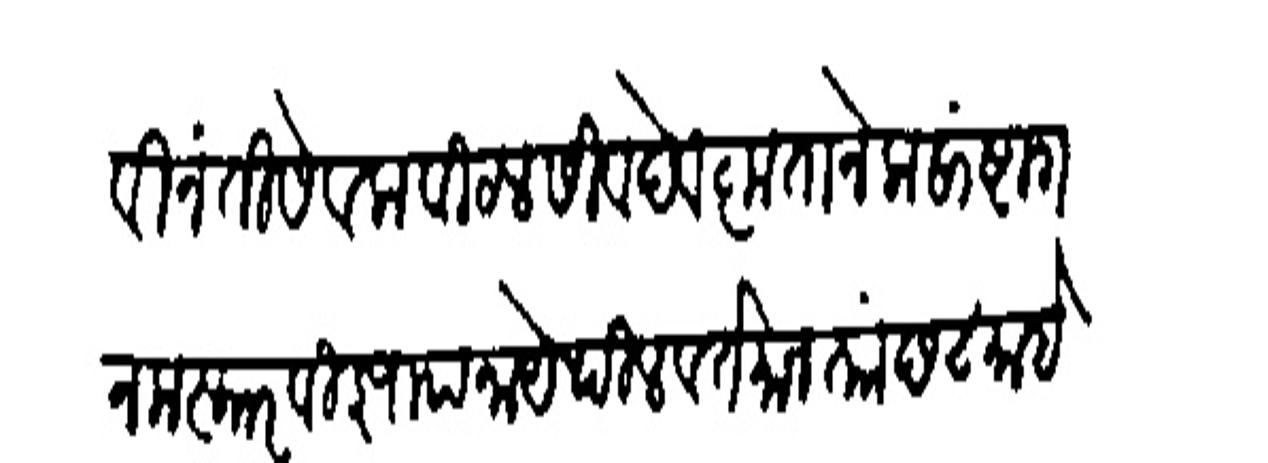
Transliteration (Devanagari): विनंती सेवक विठल सिवदेव कृतानेक साष्टांग नमस्कार विज्ञापना येथील वर्तमान ताा छ ८ माहे